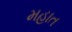
મહાત